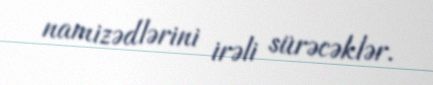
namizədlərini irəli sürəcəklər.